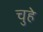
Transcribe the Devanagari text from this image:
चुहे